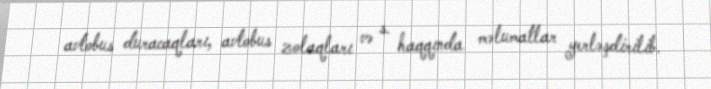
avtobus duracaqları, avtobus zolaqları və s. haqqında məlumatlar yerləşdirilib.